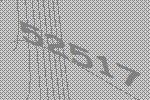
52517